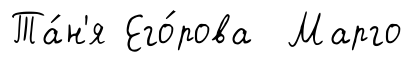
Та́н'я Его́рова Марго